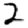
Digit: 2